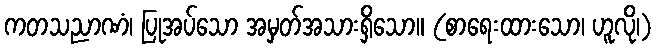
ကတသညာဏံ၊ ပြုအပ်သော အမှတ်အသားရှိသော။ (စာရေးထားသော၊ ဟူလို၊)